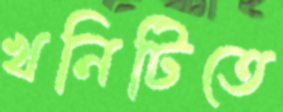
খনিটিতে